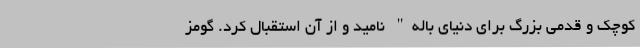
کوچک و قدمی بزرگ برای دنیای باله" نامید و از آن استقبال کرد. گومز